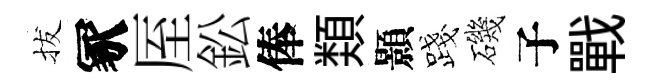
拔冢厔鈆俸𩔖顥露磯子戰